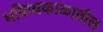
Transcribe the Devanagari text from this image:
भविष्यकाळातील